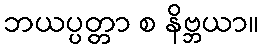
ဘယပ္ပတ္တာ စ နိဗ္ဘယာ။